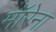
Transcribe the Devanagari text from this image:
मॉरेना